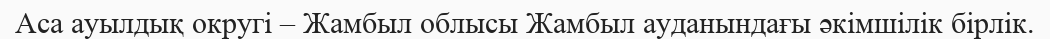
Аса ауылдық округі – Жамбыл облысы Жамбыл ауданындағы әкімшілік бірлік.